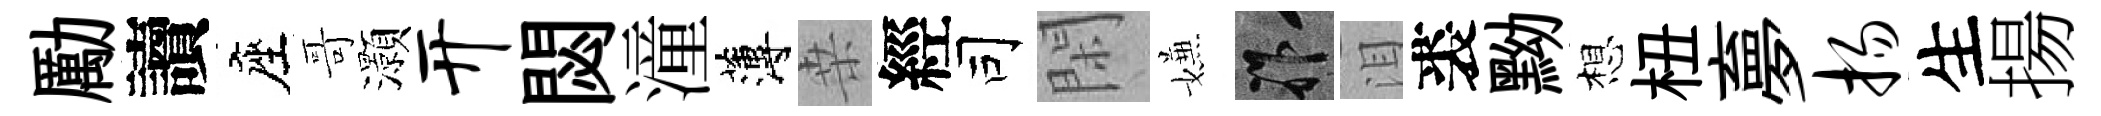
勵讀座哥灝开閟潼薄桒經司閑嫌祚泪裘黝想杻夣扬生揚